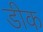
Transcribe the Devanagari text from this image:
डीक